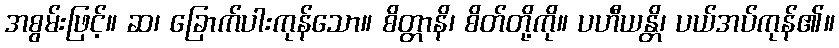
အစွမ်းဖြင့်။ ဆ၊ ခြောက်ပါးကုန်သော။ စိတ္တာနိ၊ စိတ်တို့ကို။ ပဟီယန္တိ၊ ပယ်အပ်ကုန်၏။